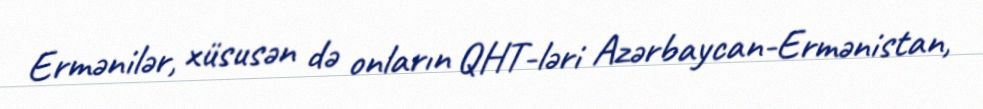
Ermənilər, xüsusən də onların QHT-ləri Azərbaycan-Ermənistan,